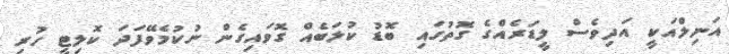
އަނިލްއަކީ އަދިވެސް ލީޑަރެއްގެ ގޮތުގައި ބޮޑު ކުލަބެއް ގޮވައިގެން ނުކުމެވޭފަދަ ކޮލިޓީ ހުރި